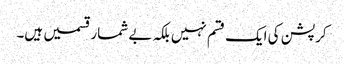
کرپشن کی ایک قسم نہیں بلکہ بے شمار قسمیں ہیں۔